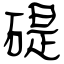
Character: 碮